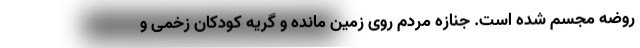
روضه مجسم شده است. جنازه مردم روی زمین مانده و گریه کودکان زخمی و